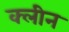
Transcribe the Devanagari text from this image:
क्‍लीन